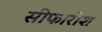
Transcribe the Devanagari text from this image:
सीफारीश